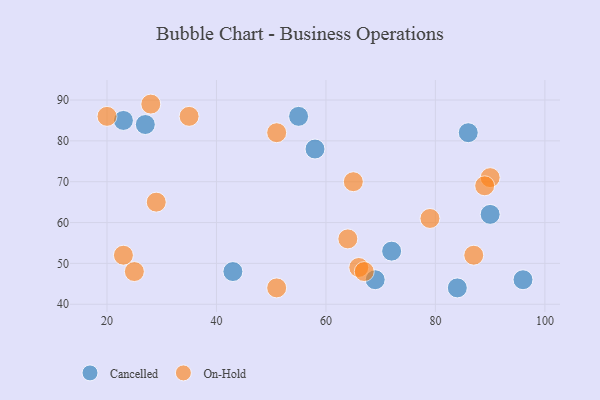
{"axis": {"x": "GDP", "y": "Life Expectancy"}, "legend": ["Cancelled", "On-Hold"], "data": [{"x": "72", "y": 53, "type": "Cancelled"}, {"x": "27", "y": 84, "type": "Cancelled"}, {"x": "90", "y": 62, "type": "Cancelled"}, {"x": "86", "y": 82, "type": "Cancelled"}, {"x": "55", "y": 86, "type": "Cancelled"}, {"x": "84", "y": 44, "type": "Cancelled"}, {"x": "43", "y": 48, "type": "Cancelled"}, {"x": "58", "y": 78, "type": "Cancelled"}, {"x": "96", "y": 46, "type": "Cancelled"}, {"x": "69", "y": 46, "type": "Cancelled"}, {"x": "23", "y": 85, "type": "Cancelled"}, {"x": "87", "y": 52, "type": "On-Hold"}, {"x": "90", "y": 71, "type": "On-Hold"}, {"x": "51", "y": 44, "type": "On-Hold"}, {"x": "66", "y": 49, "type": "On-Hold"}, {"x": "79", "y": 61, "type": "On-Hold"}, {"x": "29", "y": 65, "type": "On-Hold"}, {"x": "89", "y": 69, "type": "On-Hold"}, {"x": "25", "y": 48, "type": "On-Hold"}, {"x": "20", "y": 86, "type": "On-Hold"}, {"x": "35", "y": 86, "type": "On-Hold"}, {"x": "51", "y": 82, "type": "On-Hold"}, {"x": "28", "y": 89, "type": "On-Hold"}, {"x": "64", "y": 56, "type": "On-Hold"}, {"x": "23", "y": 52, "type": "On-Hold"}, {"x": "67", "y": 48, "type": "On-Hold"}, {"x": "65", "y": 70, "type": "On-Hold"}]}